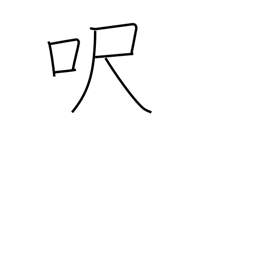
Meaning: foot